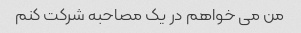
من می خواهم در یک مصاحبه شرکت کنم